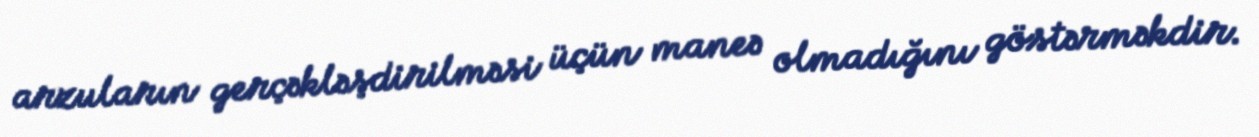
arzuların gerçəkləşdirilməsi üçün maneə olmadığını göstərməkdir.